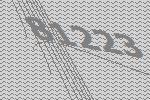
81223